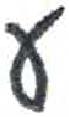
אות: ע